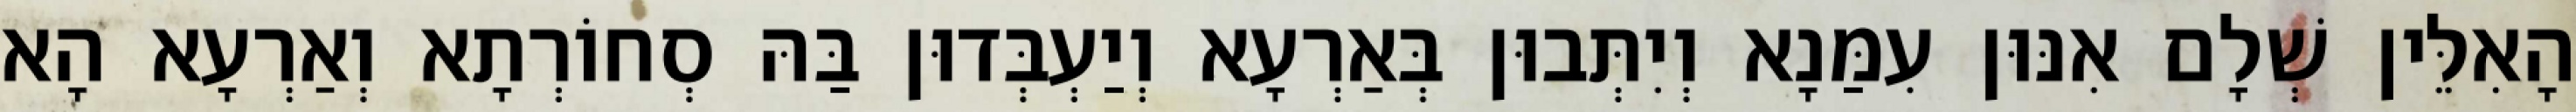
הָאִלֵּין שְׁלָם אִנּוּן עִמַּנָא וְיִתְּבוּן בְּאַרְעָא וְיַעְבְּדוּן בַּהּ סְחוֹרְתָא וְאַרְעָא הָא